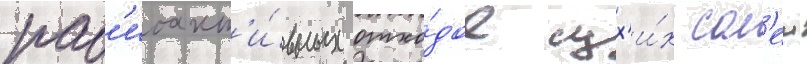
рад'иоакт'и́вных отхо́дов сух'и́х сол'еи